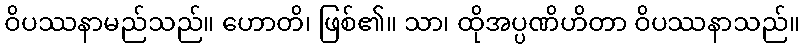
ဝိပဿနာမည်သည်။ ဟောတိ၊ ဖြစ်၏။ သာ၊ ထိုအပ္ပဏိဟိတာ ဝိပဿနာသည်။